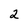
Character: 2